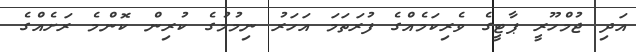
އަދި ޖުމްހޫރީ ޕާޓީގެ ވެރިކަމެއްގެ ފުރަތަމަ އަހަރު ނިމުމުގެ ކުރިން ކޮންމެ ރަށެއްގެ